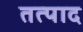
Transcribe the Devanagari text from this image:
तत्पाद